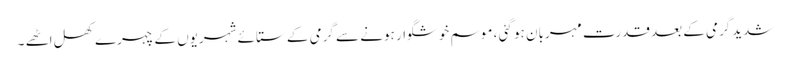
شدیدگرمی کے بعد قدرت مہربان ہو گئی ، موسم خوشگوار ہونے سے گرمی کے ستائے شہریوں کے چہرے کھل اٹھے ۔